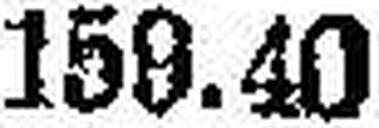
159.40